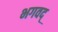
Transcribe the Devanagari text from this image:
भगवद्‍